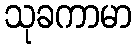
သုခကာမာ